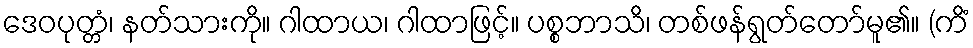
ဒေဝပုတ္တံ၊ နတ်သားကို။ ဂါထာယ၊ ဂါထာဖြင့်။ ပစ္စဘာသိ၊ တစ်ဖန်ရွတ်တော်မူ၏။ (ကိံ